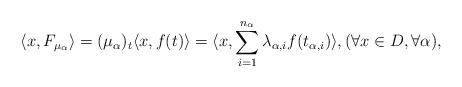
LaTeX: \begin{align*} \langle x , F_{\mu_{\alpha}} \rangle= (\mu_{\alpha})_{t} \langle x , f(t) \rangle= \langle x , \sum _{i=1}^{n_{\alpha}}\lambda_{\alpha,i}f({t_{\alpha,{i}}}) \rangle, ( \forall x \in D, \forall \alpha),\end{align*}